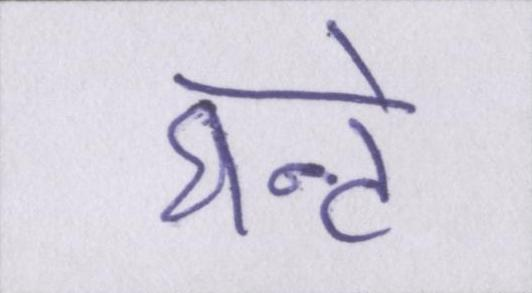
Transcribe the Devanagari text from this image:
घन्टे